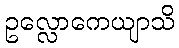
ဥလ္လောကေယျာသိ